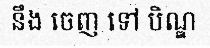
នឹង ចេញ ទៅ បិណ្ឌ